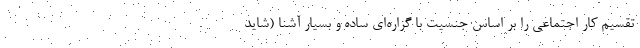
تقسیم کار اجتماعی را بر اساس جنسیت با گزاره‌ای ساده و بسیار آشنا (شاید